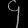
Digit: ၄